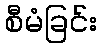
စီမံခြင်း